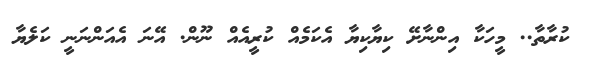
ކުރާތާ.. މީހަކާ އިންނާށޭ ކިޔާކިޔާ އެކަމެއް ކުރީއެއް ނޫން. އޭނަ އެއަންނަނީ ކަލެޔާ